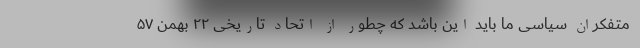
متفکران سیاسی ما باید این باشد که چطور از اتحاد تاریخی ۲۲ بهمن ۵۷